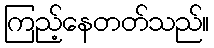
ကြည့်နေတတ်သည်။